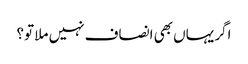
اگر یہاں بھی انصاف نہیں ملا تو؟